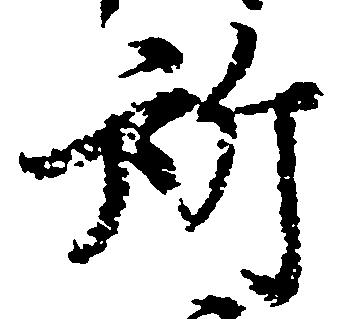
所